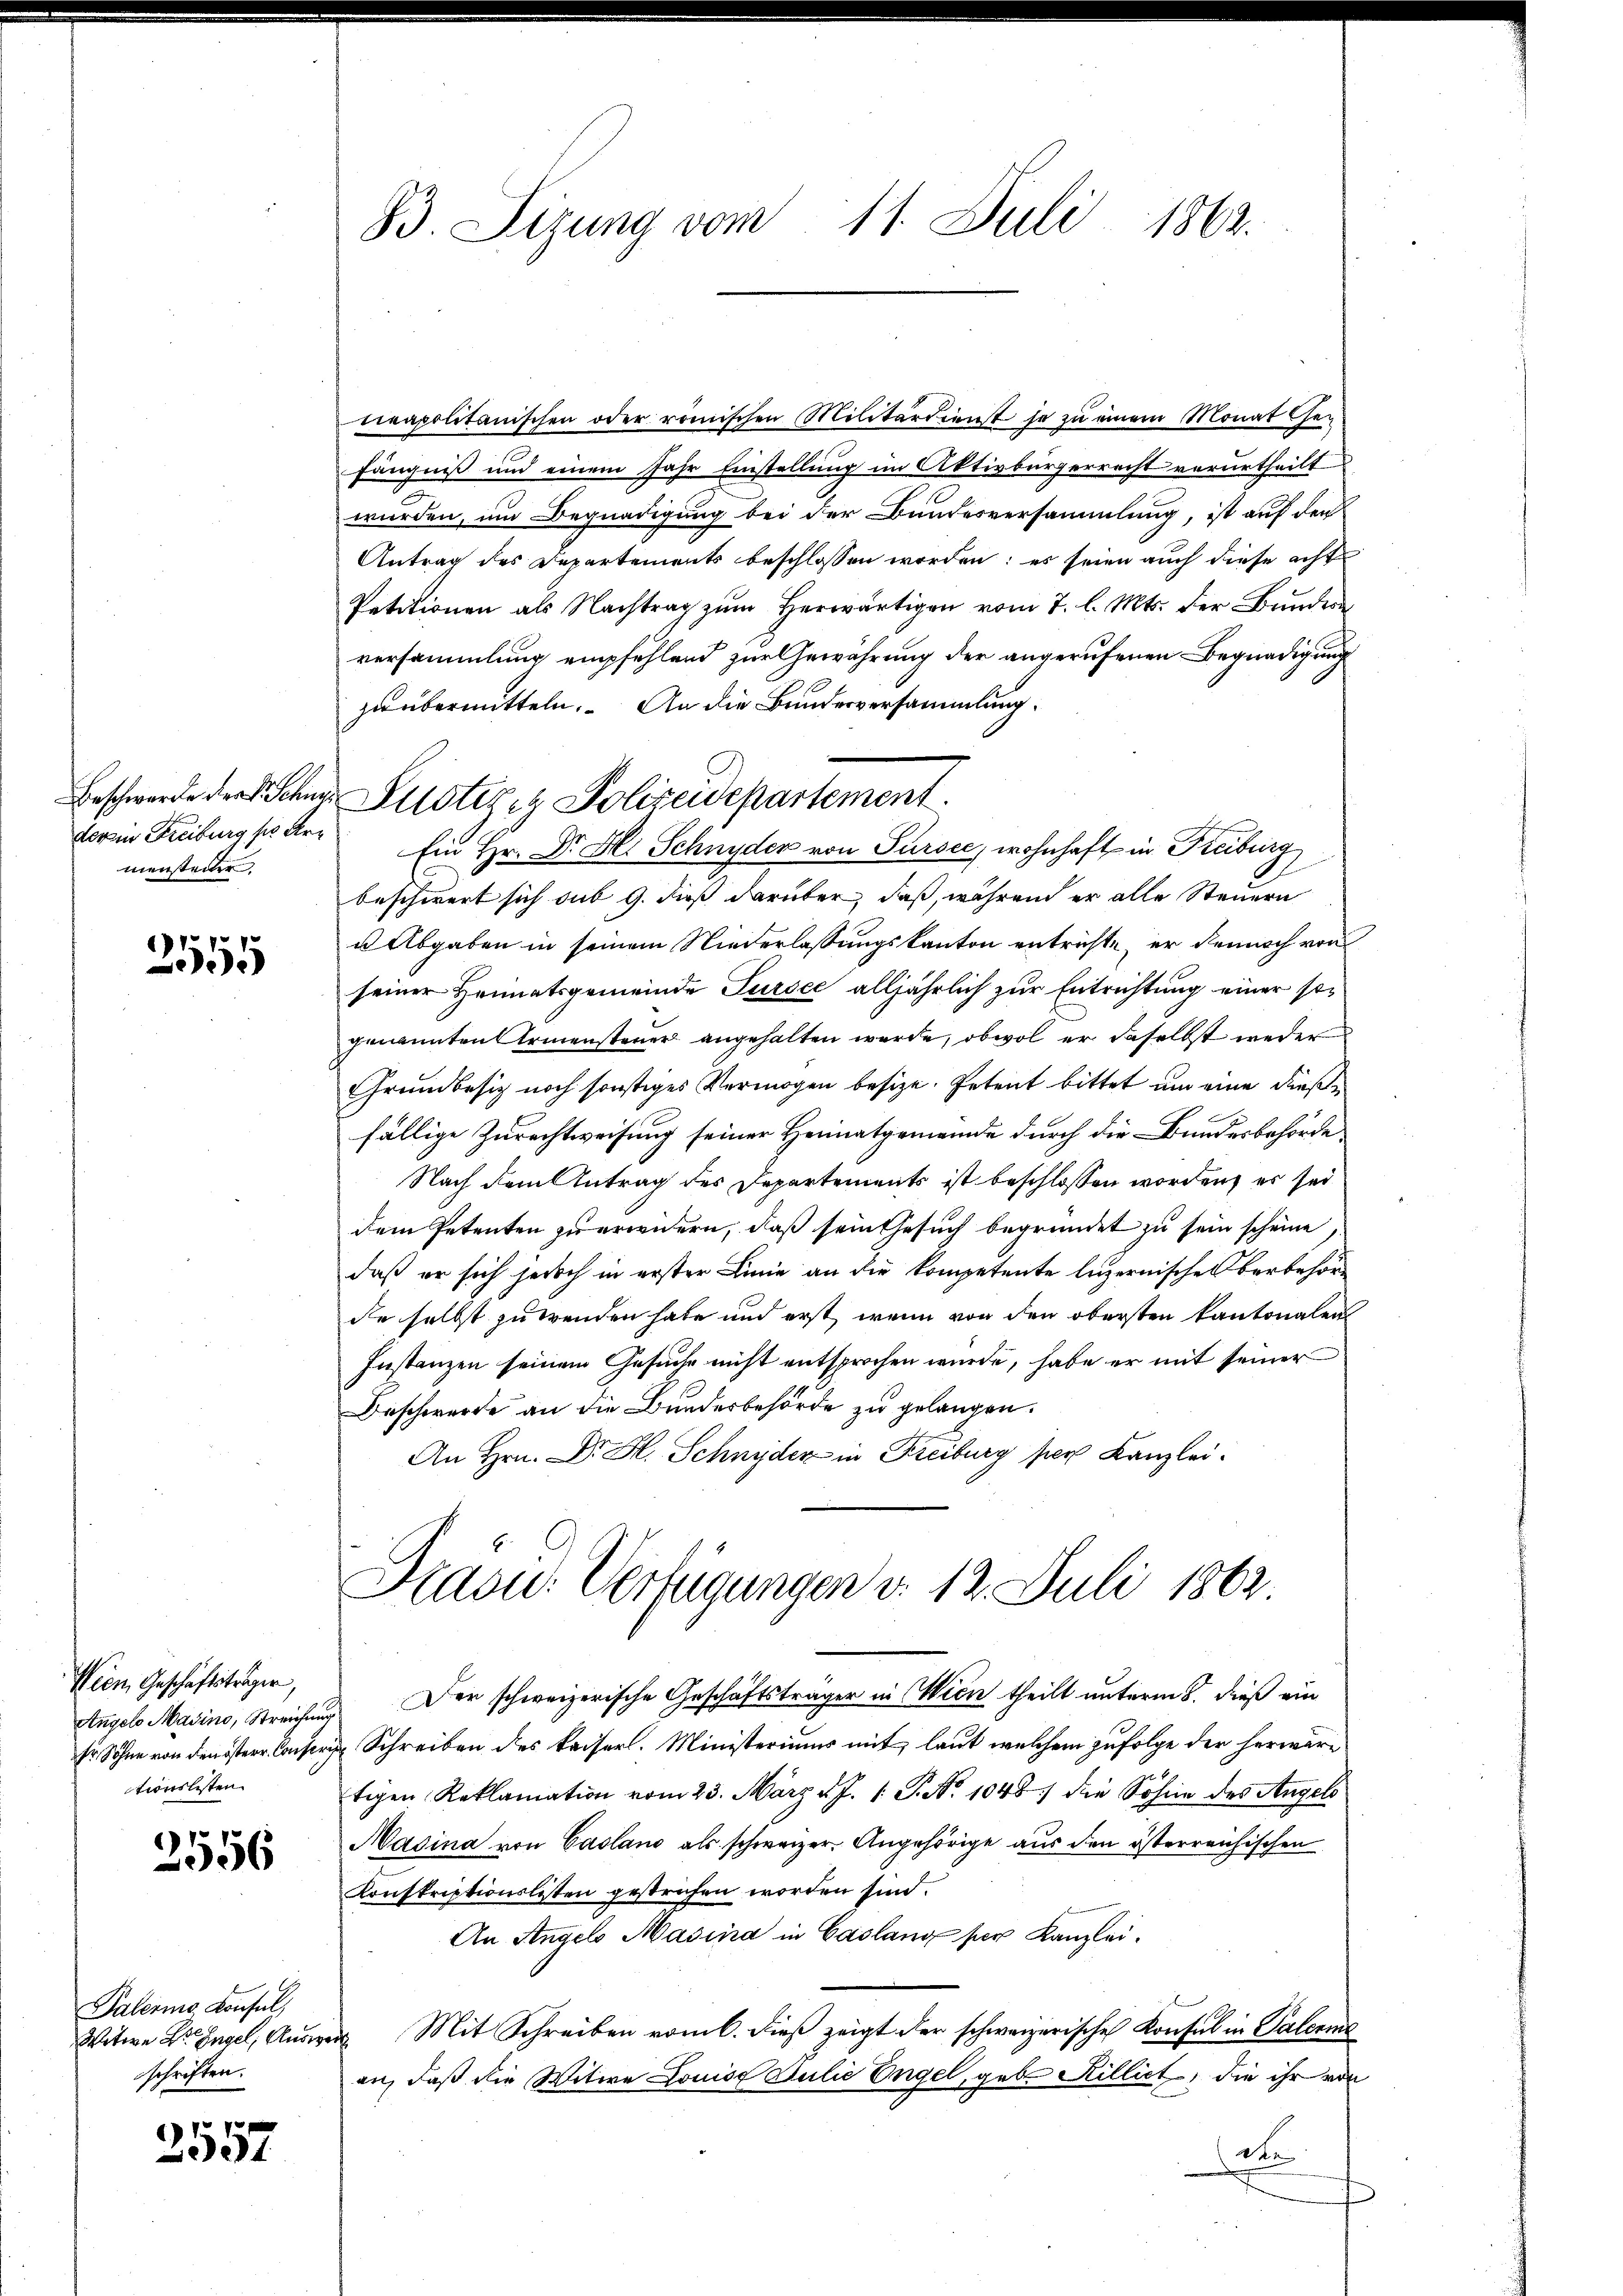
doren Freiburg sie Armensteiler.

)
55

Wein, Geschäftsträger,
tionslisten

2556

Palerins Konsul,
Witwe Sr. Engel, Ausr
schriften.

2557.

83. Sizung vom 11. Juli 1862.

Beschwerde der Sohne Justige Polizeidepartement.

neapolitanischen oder römischen Militärdienst so zu einem Monat Gefängniß und einem Jahr Einstellung im Aktivbürgerrecht verurtheilt
wurden, um Begnadigung bei der Bundesversammlung, ist auf den
Antrag des Departements beschlossen worden; es seien auch diese acht
Petitionen als Nachtrag zŭm herwärtigen vom 7. l. Mts. der Bŭndern
versammlung empfehlend zur Gewährung der angerufenen Begnadigung
zu übermitteln. An die Bundesversammlung.
Ein Hr. Dr. H. Schnyder von Sursee, wohnhaft in Freiburg
beschwert sich sub 9. dieß darüber, daß, währen er alle Steuern
u Abgaben in seinem Niederlassungskanton entrichte, er dennoch von
seiner Heimatsgemeinde Tursee alljährlich zur Entrichtung einer sogenannten Armensteuer angehalten werde, obwol er daselbst weder
Grundbesitz noch sonstiges Vermögen besize. Petent bittet um eine dieße
fällige Zurechtweisung seiner Heimatgemeinde durch die Bundesbehörde
Nach dem Antrag des Departements ist beschlossen worden, es sei
dem Petenten zu erwidern, daß sein Gesuch begründet zu sein scheine,
daß er sich jedoch in erster Linie an die kompetente luzernische Verbehörde selbst zu wenden habe und erst, wenn von den obersten Kantonalen
Instanzen seinem Gesuche nicht entsprochen wurde, habe er mit seiner
Beschwerde an die Bundesbehörde zu gelangen.
An Hrn. Dr. H. Schnyder in Freiburg per Kanzlei.

Haou. Verfügungen d. 12. Juli 1863.

Angelo Masino, Streichung Der schweizerische Geschäftsträger in Wien theilt unterm 8. dieß ein
sr Sohne von den ister Conser Schreiben des Kaiserl. Ministeriums mit laut welchem zufolge der herwäre
tigen Reklamation vom 23. März d. J. 1. P. Nr. 1048) die Sohne des Angels
Masina von Casland als schweizer. Angehörige aus den österreichischen
Konskriptionslisten gestrechen worden sind.
An Angelo Masina in Caslang der Kanzlei.
uus Mit Schreiben vom 6. dieß zeigt der schweizerische Konsul in Paleris
an, daß die Witwe Louise Julie Engel, geb. Rillict, die ihr von
dte